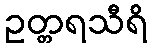
ဥတ္တရသီရိ